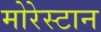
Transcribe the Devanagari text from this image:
मोरेस्टान